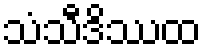
သံသီဒိဿထ